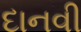
દાનવી